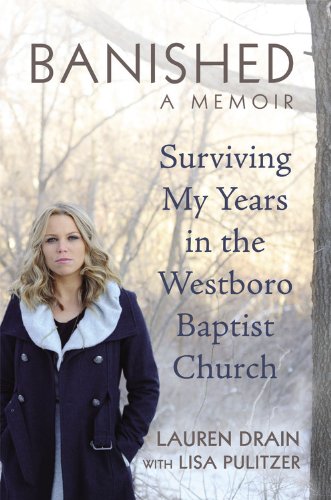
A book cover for Banished: Surviving My Years in the Westboro Baptist Church; Lauren Drain; Religion & Spirituality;